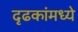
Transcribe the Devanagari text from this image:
दृढकांमध्ये